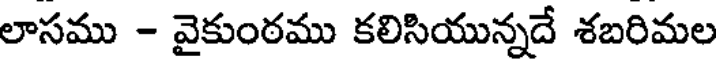
లాసము - వైకుంఠము కలిసియున్నదే శబరిమల